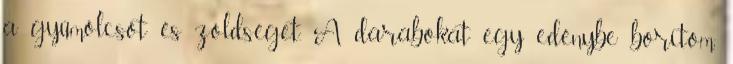
a gyümölcsöt és zöldséget. A darabokat egy edénybe borítom,